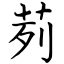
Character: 茢